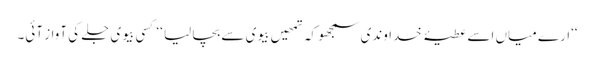
‘‘ارے میاں اسے عطیۂ خداوندی سمجھو کہ تمھیں بیوی سے بچا لیا ‘‘ کسی بیوی جلے کی آواز آئی۔